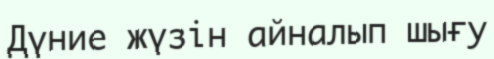
Дүние жүзін айналып шығу